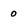
Character: 0